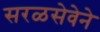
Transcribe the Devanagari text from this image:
सरळसेवेने